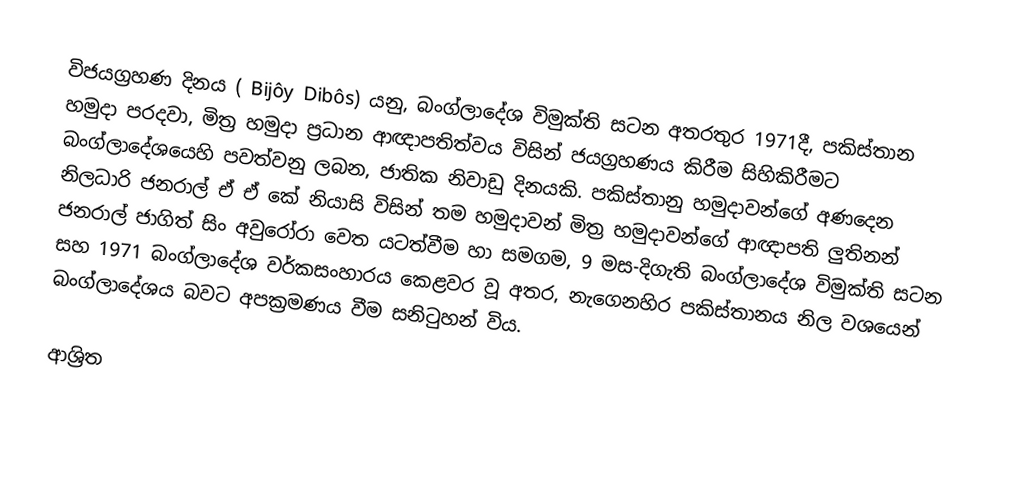
විජයග්‍රහණ දිනය ( Bijôy Dibôs) යනු, බංග්ලාදේශ විමුක්ති සටන අතරතුර 1971දී,   පකිස්තාන හමුදා පරදවා, මිත්‍ර හමුදා ප්‍රධාන ආඥාපතිත්වය විසින් ජයග්‍රහණය කිරීම සිහිකිරීමට බංග්ලාදේශයෙහි පවත්වනු ලබන, ජාතික නිවාඩු දිනයකි. පකිස්තානු හමුදාවන්ගේ  අණදෙන නිලධාරි ජනරාල් ඒ ඒ කේ නියාසි විසින් තම හමුදාවන්  මිත්‍ර හමුදාවන්ගේ ආඥාපති ලුතිනන් ජනරාල් ජාගිත් සිං අවුරෝරා වෙත යටත්වීම හා සමගම, 9 මස-දිගැති බංග්ලාදේශ විමුක්ති සටන සහ 1971 බංග්ලාදේශ වර්කසංහාරය කෙළවර වූ අතර, නැගෙනහිර පකිස්තානය නිල වශයෙන් බංග්ලාදේශය බවට අපක්‍රමණය වීම  සනිටුහන් විය.

ආශ්‍රිත